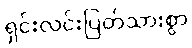
ရှင်းလင်းပြတ်သားစွာ